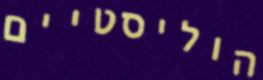
הוליסטיים